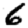
Digit: 6